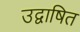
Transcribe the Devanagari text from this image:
उद्वाषित